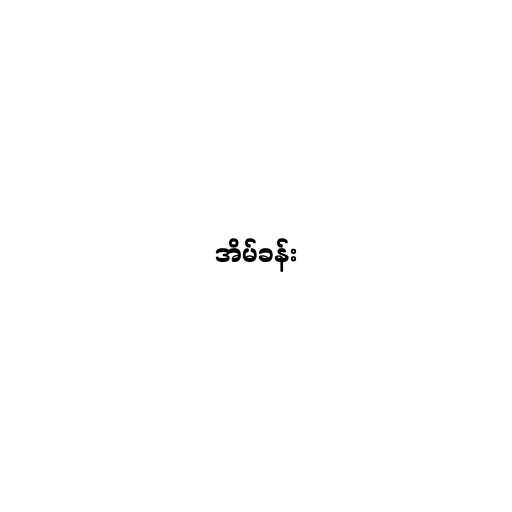
အိမ်ခန်း